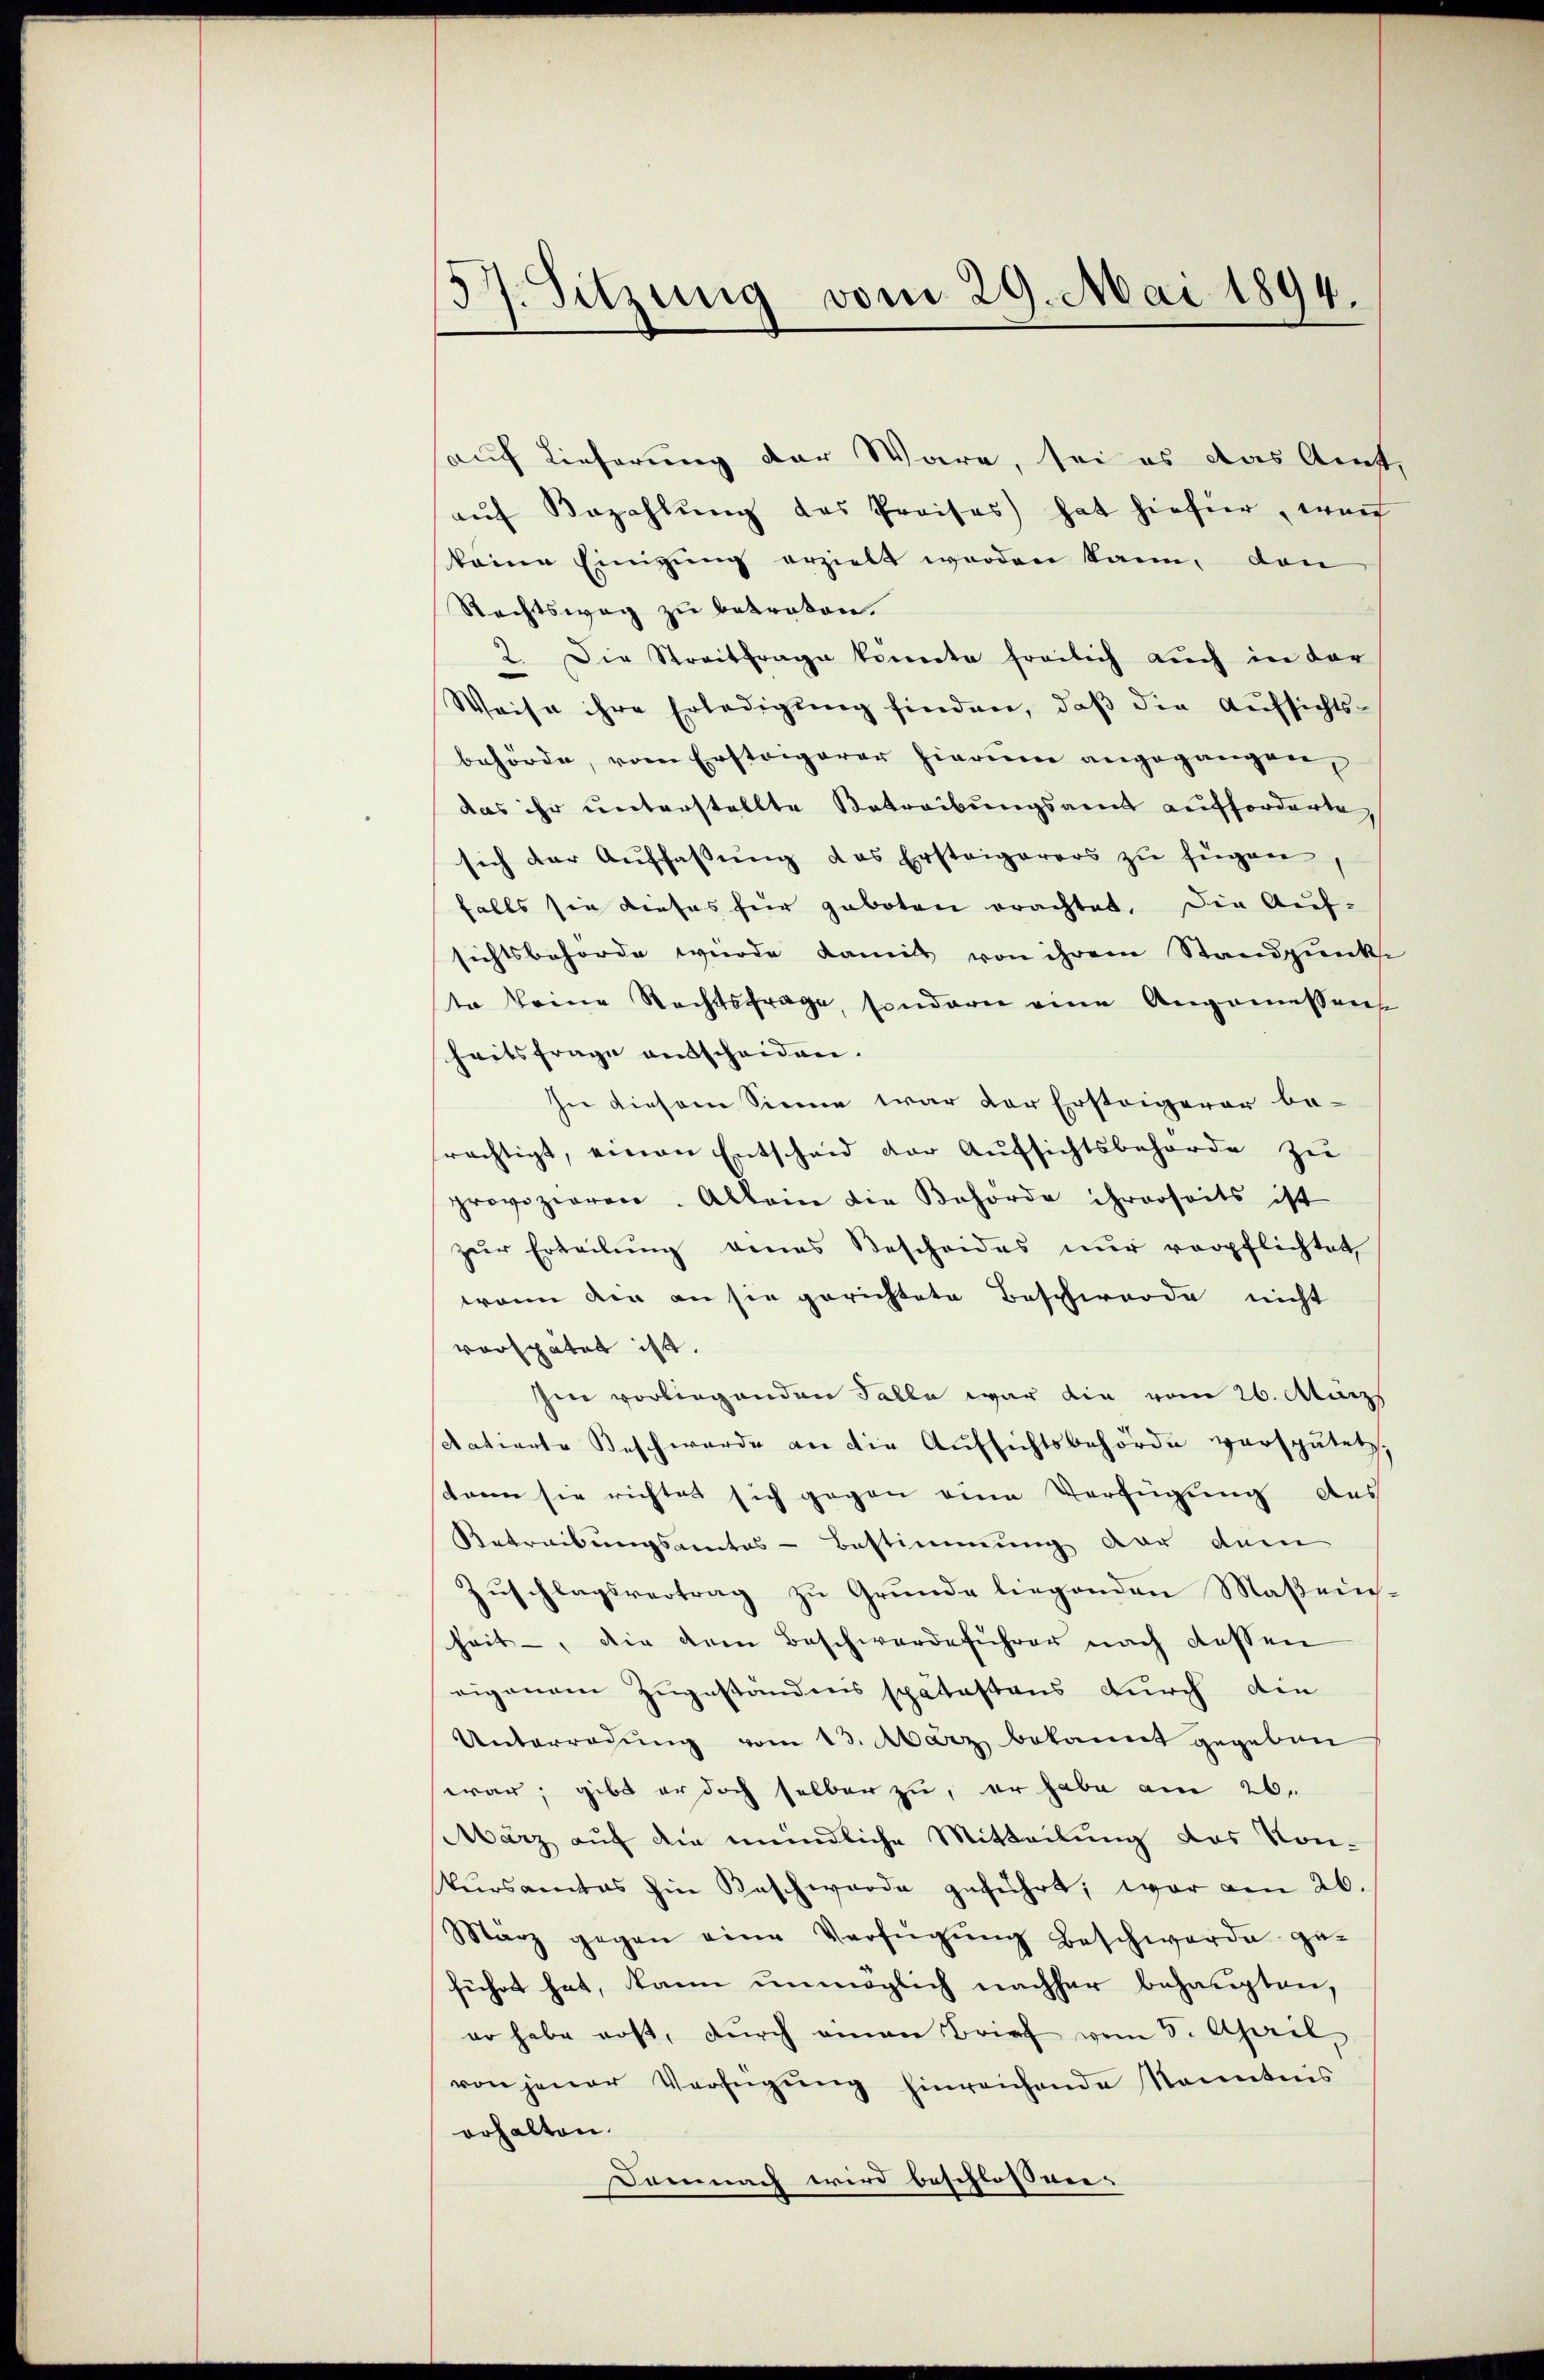
57. Sitzung vom 29. Mai 1894.

auf Lieferung der Wäre, sei es das Amt,
auf Bezahlung des Preises hat hiefier, wen
keine Einigung erzielt werden kann, den
Rechtsweg zu betreten.
2. Die Streitfrage könnte freilich auch in der
Weise ihre Erledigung finden, daß die Aufsichtsbehörde, vom Ersteigerer hierum angegangen,
das ihr unterstellte Betreibungsamt aufforderte,
sich der Auffassŭng das Ersteigerers zu fügen,
falls sie dieses für geboten erachtet. Die Aufsichtsbehörde wurde damit von ihrem Standpunkte
te keine Rechtsfrage, sondern eine Angemessens
heitsfrage ausscheiden.
In diesem Sinne war der Ersteigerer be-
rächtigt, einen Entscheid der Aufsichtsbehörde zu
provozieren. Allein die Behörde ihrerseits ist
zur Erteilung eines Bescheides nur verpflichtet,
wenn der an sie gerichtete Beschwerde nicht
verspätet ist.
Ien vorliegenden Talla war die vom 26. März
datierte Beschwerde an die Aufsichtsbehörde verspätet.
stamen sie richtet sich gegen eine Verfügung des
Betreibungsamtes - Bestimmung der dem
Zuschlagsvertrag zu Grunde liegenden Maßensheit -, die dem Beschwerdeführer nach dessen
eigenem Zugeständnis spätestens durch die
Unterredung vom 13. März bekannt gegeben
war, gibt er doch selben zu, er habe am 26.
März auf die mündliche Mitteilung des Kon-
Versamtes hin Beschwerde geführt, war von 26.
März gegen eine Verfügŭng beschwerde ge-
führt hat, kann unmöglich nachher behaupten,
er habe erst, dŭrch einen Brief vom 5. April,
von jener Verfügung hinreichende Kenntnis
erhalten.
Demnach wird beschloss ver¬